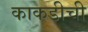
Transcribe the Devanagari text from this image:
काकडीची